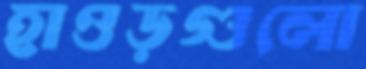
হাওড়গুলো